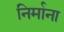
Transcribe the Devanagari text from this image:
निर्माना